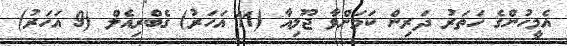
އެމީހުންގެ ހަތަރު ދަރިން ކަމަށްވާ ޖޫލިއާ (11 އަހަރު) ގެބްރިއެލް (9 އަހަރު)